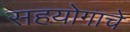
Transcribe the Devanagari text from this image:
सहयोगाचे